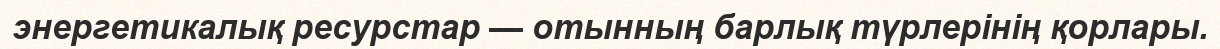
энергетикалық ресурстар — отынның барлық түрлерінің қорлары.